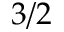
3 / 2